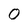
Character: 0